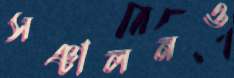
সঞ্চালনও